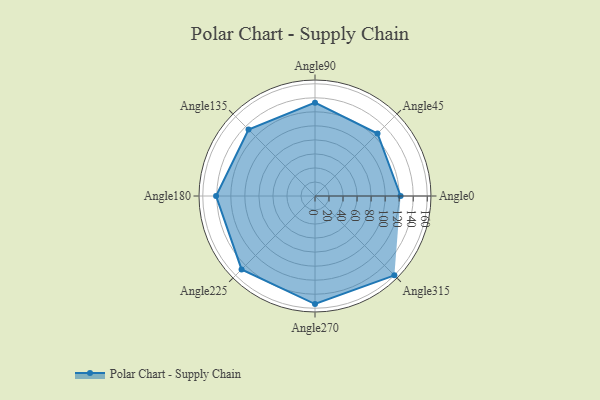
{"axis": {"x": "Angle", "y": "Radius"}, "legend": [""], "data": [{"x": "Angle0", "y": 122.0, "type": ""}, {"x": "Angle45", "y": 126.0, "type": ""}, {"x": "Angle90", "y": 133.0, "type": ""}, {"x": "Angle135", "y": 134.0, "type": ""}, {"x": "Angle180", "y": 141.0, "type": ""}, {"x": "Angle225", "y": 148.0, "type": ""}, {"x": "Angle270", "y": 154.0, "type": ""}, {"x": "Angle315", "y": 160.0, "type": ""}]}